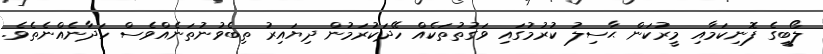
ލޯބީގެ ފޮނިކަމާއި މީރުކަން ޙާސިލު ކުރުމުގައި ވަގުތުތަކެއް ހޭދަކުރަމުން ދިޔައިރު ތިބެވުނުތަނެއްވެސް ހަދާނެއްނެތެވެ.